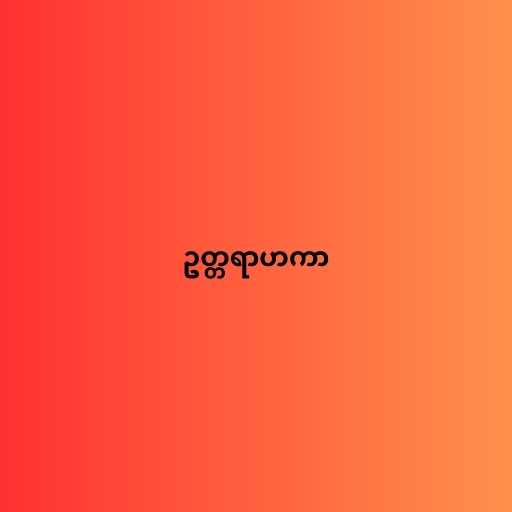
ဥတ္တရာဟကာ